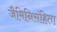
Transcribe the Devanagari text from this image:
जैमिनिसंहिता